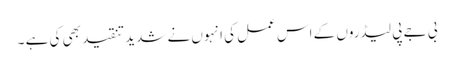
بی جے پی لیڈروں کے اس عمل کی انہوں نے شدید تنقید بھی کی ہے ۔